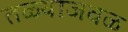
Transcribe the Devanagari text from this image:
तळ्याजवळ